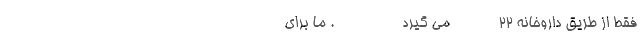
فقط از طریق داروخانه ۲۲            می گیرد                 ‌. ما برای